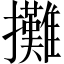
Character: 攤